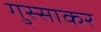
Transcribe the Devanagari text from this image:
गुस्साकर